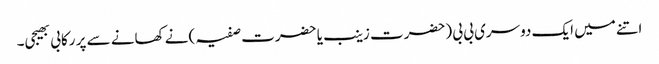
اتنے میں ایک دوسری بی بی (حضرت زینب یا حضرت صفیہ )نے کھانے سے پر رکابی بھیجی۔